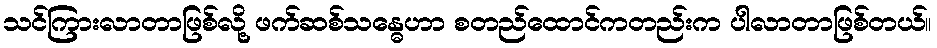
သင်ကြားလာတာဖြစ်လို့ ဖက်ဆစ်သန္ဓေဟာ စတည်ထောင်ကတည်းက ပါလာတာဖြစ်တယ်။